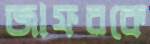
জাফরকে